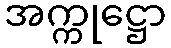
အက္ကုဋ္ဌော